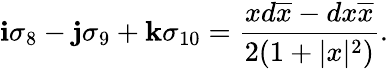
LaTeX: {\mathbf i}\sigma_{8}-{\mathbf j}\sigma_{9}+{\mathbf k}\sigma_{10}={\frac{xd\overline{{{x}}}-d{x}\overline{{{x}}}}{2(1+|x|^{2})}}.